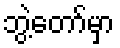
ဘွဲ့တော်မှာ